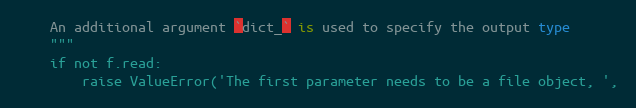
Language: Python
    An additional argument `dict_` is used to specify the output type
    """
    if not f.read:
        raise ValueError('The first parameter needs to be a file object, ',